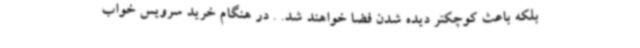
بلکه باعث کوچکتر دیده شدن فضا خواهند شد. . در هنگام خرید سرویس خواب